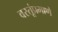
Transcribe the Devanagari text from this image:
वस्तूंप्रमाणे